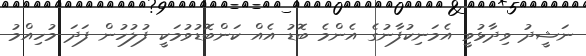
ނަޝީދު ވިދާޅުވީ އެމަނިކުފާނުގެ އެންމެ ބޮޑު އެއް ކަންބޮޑުވުމަކީ ފުލުހުން ފަދަ މުހިއްމު